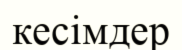
кесімдер